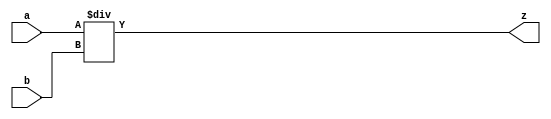
module div(output[15:0] z, input[15:0] a,b);
	assign z=a/b;
endmodule